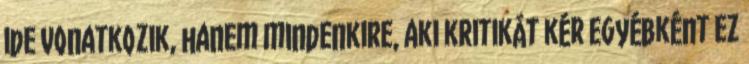
ide vonatkozik, hanem mindenkire, aki kritikát kér Egyébként ez